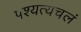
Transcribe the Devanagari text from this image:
पश्यत्यचलं